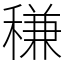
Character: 稴